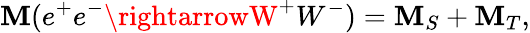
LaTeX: {\cal\mathbf{M}}(e^{+}e^{-}\rightarrowW^{+}W^{-})={\cal\mathbf{M}}_{S}+{\cal\mathbf{M}}_{T},